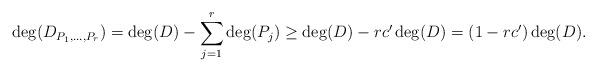
LaTeX: \begin{align*} \deg(D_{P_1, \dots, P_r}) = \deg(D) - \sum_{j=1}^r \deg(P_j) \geq \deg(D) - r c' \deg(D) = (1-rc') \deg(D). \end{align*}